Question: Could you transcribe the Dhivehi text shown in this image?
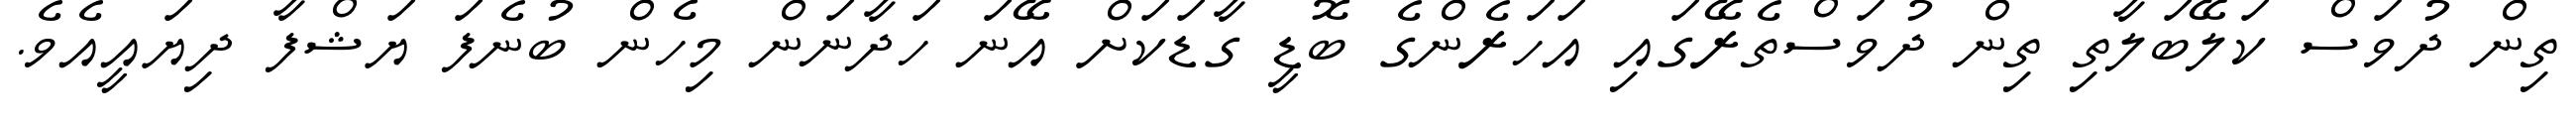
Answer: ތިން ދުވަސް ކަލޭބަލާތި ތިން ދުވަސްތެރޭގައި އަހަރެންގެ ބޮޑީ ގާޑަކަށް އޭނަ ހަދާނަން މިހެން ބުނެފަ ޔަޝްފާ ދިޔައީއެވެ.